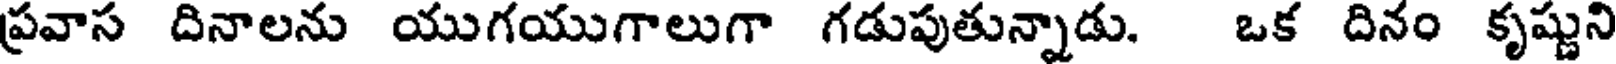
ప్రవాస దినాలను యుగయుగాలుగా గడుపుతున్నాడు. ఒక దినం కృష్ణుని